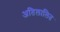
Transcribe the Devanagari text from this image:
अतिलालित